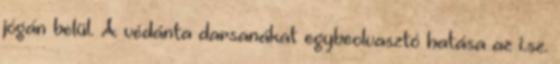
jógán belül. A védánta darsanákat egybeolvasztó hatása az i.sz.